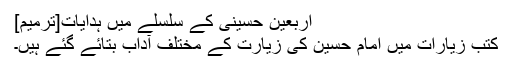
اربعین حسینی کے سلسلے میں ہدایات[ترمیم]
کتب زیارات میں امام حسین کی زیارت کے مختلف آداب بتائے گئے ہیں۔